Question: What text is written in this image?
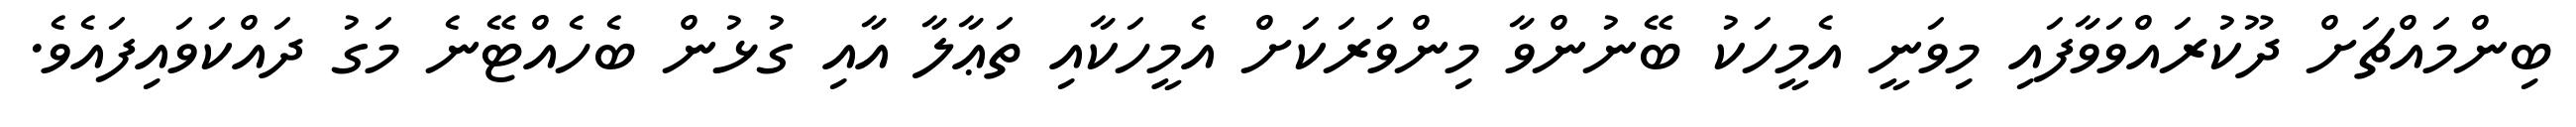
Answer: ބިންމައްޗަށް ދޫކުރައްވަވާފައި މިވަނީ އެމީހަކު ބޭނުންވާ މިންވަރަކަށް އެމީހަކާއި ތަޢާލާ އާއި ގުޅުން ބެހެއްޓޭނެ މަގު ދައްކަވައިފައެވެ.